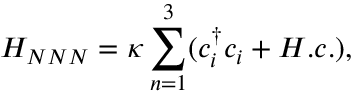
H _ { N N N } = \kappa \sum _ { n = 1 } ^ { 3 } ( c _ { i } ^ { \dagger } c _ { i } + H . c . ) ,